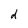
Character: d